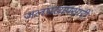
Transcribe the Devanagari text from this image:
जलप्रत्यपसारी